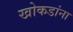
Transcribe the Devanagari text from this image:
खोकडांना